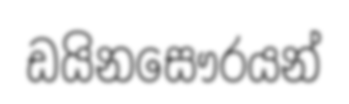
ඩයිනසෞරයන්